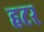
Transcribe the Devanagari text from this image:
हटर